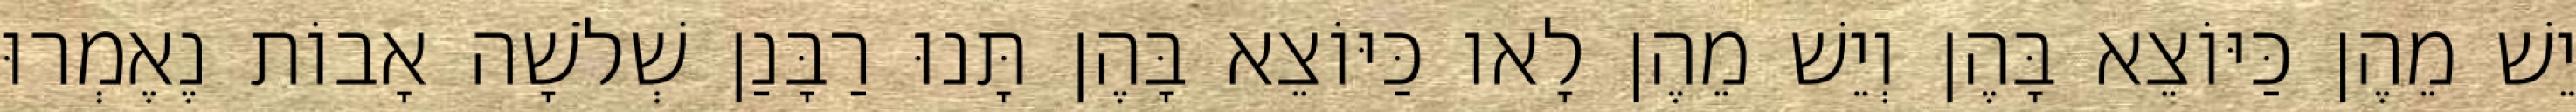
יֵשׁ מֵהֶן כַּיּוֹצֵא בָּהֶן וְיֵשׁ מֵהֶן לָאו כַּיּוֹצֵא בָּהֶן תָּנוּ רַבָּנַן שְׁלֹשָׁה אָבוֹת נֶאֶמְרוּ